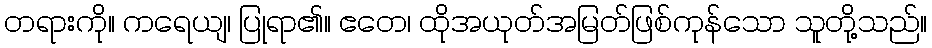
တရားကို။ ကရေယျ၊ ပြုရာ၏။ ဧတေ၊ ထိုအယုတ်အမြတ်ဖြစ်ကုန်သော သူတို့သည်။